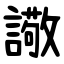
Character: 䜘